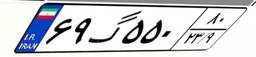
۶۹گ۵۵۰۸۰